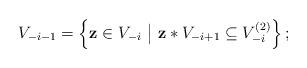
LaTeX: \begin{align*} V_{-i-1} = \left\{\mathbf z \in V_{-i} ~\big|~ \mathbf z * V_{-i+1} \subseteq V_{-i}^{(2)}\right\}; \end{align*}